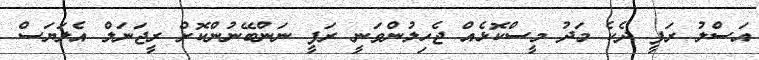
އަސްލު ރަފީ ދެކެ މަދު މީސްކޮޅެއް ޖެހިލުންވަނީ ރަފީ ނަންބޭނުންކޮށް ރީޖަނަލް އެލަޔަސް